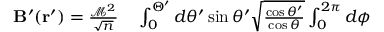
\begin{array} { r l } { \mathbf { B } ^ { \prime } ( \mathbf { r } ^ { \prime } ) = \frac { \mathcal { M } ^ { 2 } } { \sqrt { n } } } & { { } \int _ { 0 } ^ { \Theta ^ { \prime } } d \theta ^ { \prime } \sin \theta ^ { \prime } \sqrt { \frac { \cos \theta ^ { \prime } } { \cos \theta } } \int _ { 0 } ^ { 2 \pi } d \phi } \end{array}